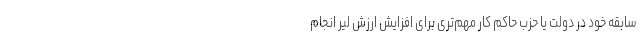
سابقه خود در دولت یا حزب حاکم کار مهم‌تری برای افزایش ارزش لیر انجام